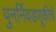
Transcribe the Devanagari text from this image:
पुनर्निवडणूकीचे